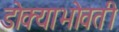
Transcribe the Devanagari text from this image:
डोक्याभोवती